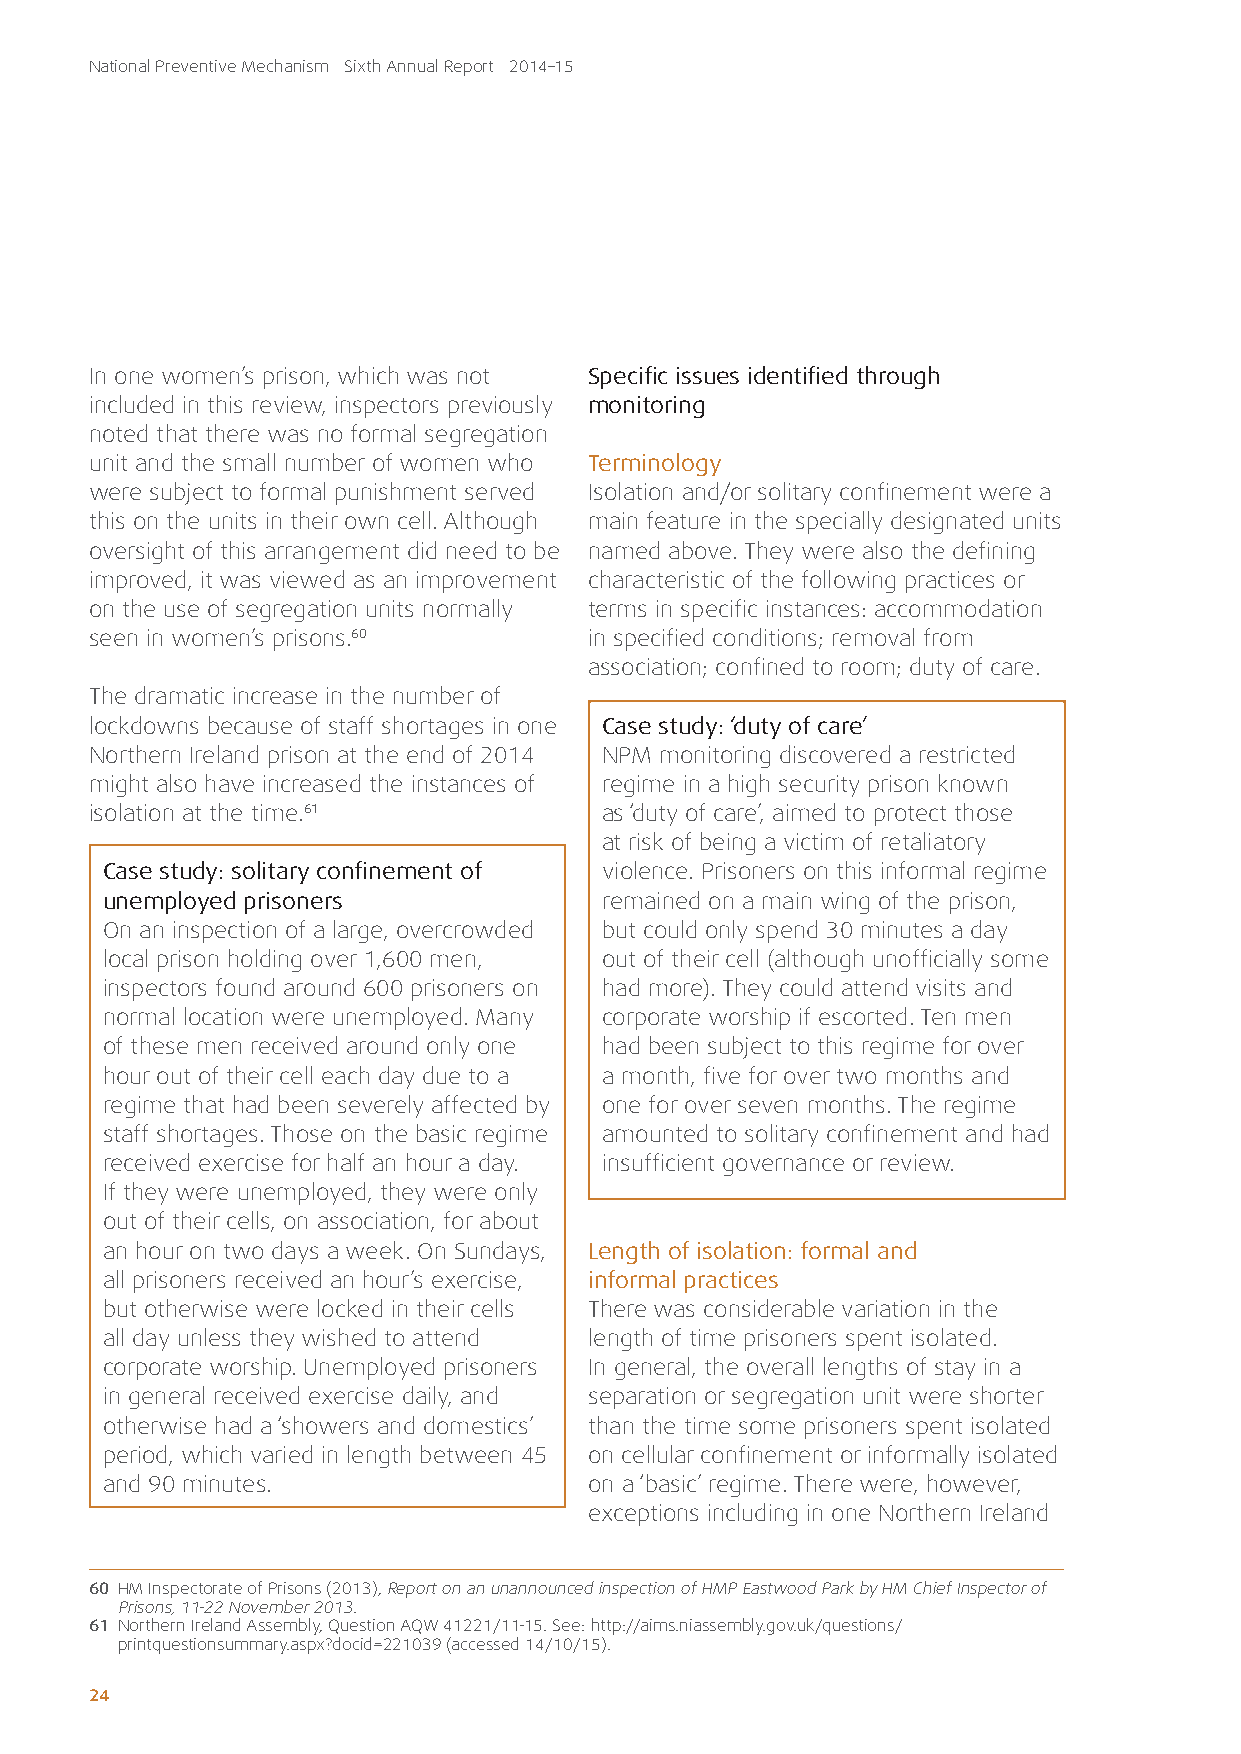
National Preventive Mechanism Sixth Annual Report 2014–15
 In one women’s prison, which was not Specific issues identified through
 included in this review, inspectors previously monitoring
 noted that there was no formal segregation
 unit and the small number of women who Terminology
 were subject to formal punishment served Isolation and/or solitary confinement were a
 this on the units in their own cell. Although main feature in the specially designated units
 oversight of this arrangement did need to be named above. They were also the defining
 improved, it was viewed as an improvement characteristic of the following practices or
 on the use of segregation units normally terms in specific instances: accommodation
 seen in women’s prisons.60       in specified conditions; removal from
 association; confined to room; duty of care.
 The dramatic increase in the number of
 lockdowns because of staff shortages in one Case study: ‘duty of care’
 Northern Ireland prison at the end of 2014 NPM monitoring discovered a restricted
 might also have increased the instances of regime in a high security prison known
 isolation at the time.61          as ‘duty of care’, aimed to protect those
 at risk of being a victim of retaliatory
 Case study: solitary confinement of violence. Prisoners on this informal regime
 unemployed prisoners             remained on a main wing of the prison,
 On an inspection of a large, overcrowded but could only spend 30 minutes a day
 local prison holding over 1,600 men, out of their cell (although unofficially some
 inspectors found around 600 prisoners on had more). They could attend visits and
 normal location were unemployed. Many corporate worship if escorted. Ten men
 of these men received around only one had been subject to this regime for over
 hour out of their cell each day due to a a month, five for over two months and
 regime that had been severely affected by one for over seven months. The regime
 staff shortages. Those on the basic regime amounted to solitary confinement and had
 received exercise for half an hour a day. insufficient governance or review.
 If they were unemployed, they were only
 out of their cells, on association, for about
 an hour on two days a week. On Sundays, Length of isolation: formal and
 all prisoners received an hour’s exercise, informal practices
 but otherwise were locked in their cells There was considerable variation in the
 all day unless they wished to attend length of time prisoners spent isolated.
 corporate worship. Unemployed prisoners In general, the overall lengths of stay in a
 in general received exercise daily, and separation or segregation unit were shorter
 otherwise had a ‘showers and domestics’ than the time some prisoners spent isolated
 period, which varied in length between 45 on cellular confinement or informally isolated
 and 90 minutes.                 on a ‘basic’ regime. There were, however,
 exceptions including in one Northern Ireland
 60 HM Inspectorate of Prisons (2013), Report on an unannounced inspection of HMP Eastwood Park by HM Chief Inspector of
 Prisons, 11-22 November 2013.
 61 Northern Ireland Assembly, Question AQW 41221/11-15. See: http://aims.niassembly.gov.uk/questions/
 printquestionsummary.aspx?docid=221039 (accessed 14/10/15).
 2244